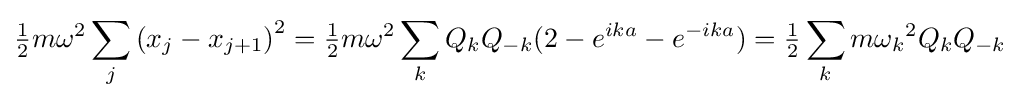
{\tfrac {1}{2}}m\omega ^{2}\sum _{j}\left(x_{j}-x_{j+1}\right)^{2}={\tfrac {1}{2}}m\omega ^{2}\sum _{k}Q_{k}Q_{-k}(2-e^{ika}-e^{-ika})={\tfrac {1}{2}}\sum _{k}m{\omega _{k}}^{2}Q_{k}Q_{-k}